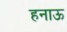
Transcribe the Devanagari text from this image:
हनाऊ